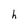
Character: h